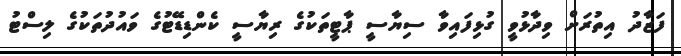
ފަޒާދު އިތުރަށް ވިދާޅުވީ ގުޅިފައިވާ ސިޔާސީ ޕާޓީތަކުގެ ރިޔާސީ ކެންޑިޑޭޓުގެ ވައުދުތަކުގެ ލިސްޓު